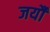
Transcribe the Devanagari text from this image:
जर्यौ